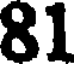
81